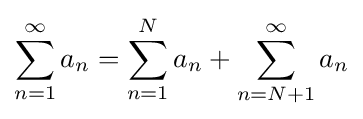
\sum _{n=1}^{\infty }a_{n}=\sum _{n=1}^{N}a_{n}+\sum _{n=N+1}^{\infty }a_{n}